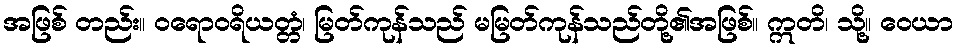
အဖြစ် တည်း။ ဝရောဝရိယတ္တံ၊ မြတ်ကုန်သည် မမြတ်ကုန်သည်တို့၏အဖြစ်။ ဣတိ၊ သို့။ ဝေယာ